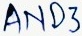
Text: AND3